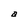
Character: a